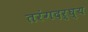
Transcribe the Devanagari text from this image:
तरंगदर्घ्य